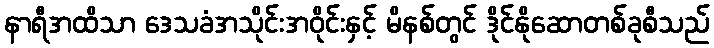
နာရီအထိသာ ဒေသခံအသိုင်းအဝိုင်းနှင့် မိနစ်တွင် ဒိုင်နိုဆောတစ်ခုစီသည်